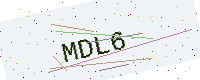
Text: MDL6